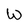
Character: W